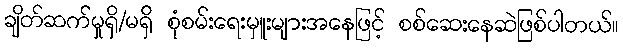
ချိတ်ဆက်မှုရှိ/မရှိ စုံစမ်းရေးမှူးများအနေဖြင့် စစ်ဆေးနေဆဲဖြစ်ပါတယ်။